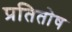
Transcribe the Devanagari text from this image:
प्रतितोष